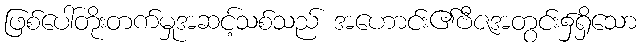
ဖြစ်ပေါ်တိုးတက်မှုအဆင့်သစ်သည် အဟောင်း၏ဗီဇအတွင်း၌ရှိသော